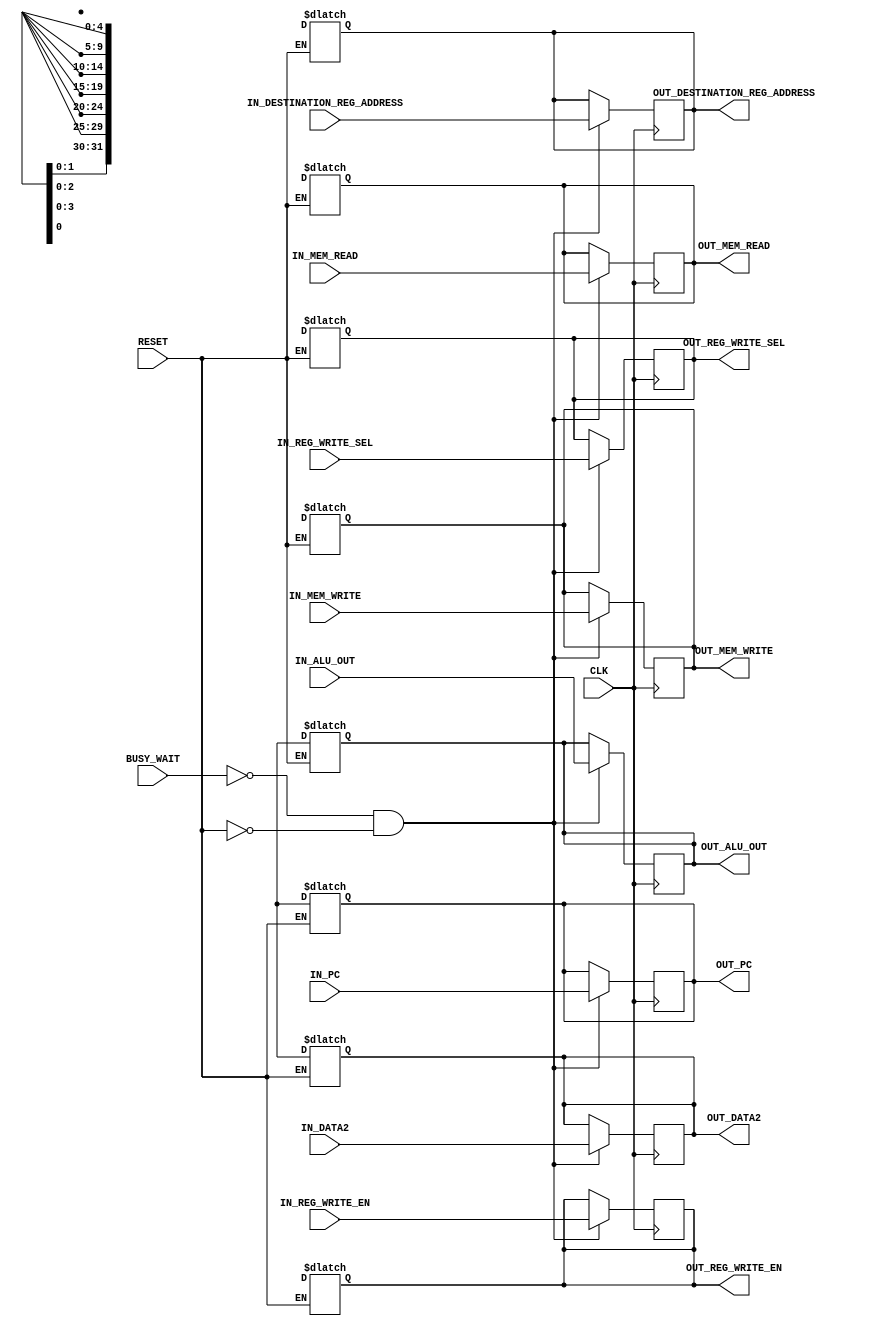
module ex_mem_pipeline_reg(
    input [4:0] IN_DESTINATION_REG_ADDRESS,
    input [31:0] IN_PC, IN_ALU_OUT,IN_DATA2, 
    input [2:0] IN_MEM_WRITE,
    input [3:0] IN_MEM_READ,
    input [1:0] IN_REG_WRITE_SEL,
    input IN_REG_WRITE_EN,
    input CLK, RESET, BUSY_WAIT,

    output reg [4:0] OUT_DESTINATION_REG_ADDRESS,
    output reg [31:0] OUT_PC, OUT_ALU_OUT,OUT_DATA2, 
    output reg [2:0] OUT_MEM_WRITE,
    output reg [3:0] OUT_MEM_READ,
    output reg [1:0] OUT_REG_WRITE_SEL,
    output reg OUT_REG_WRITE_EN
    );

    // RESET output registers on active reset
    always @(*) begin
        if (RESET) begin
            #1; // Delay to allow reset signal to settle
            OUT_DESTINATION_REG_ADDRESS = 5'dx;
            OUT_PC = 32'dx;
            OUT_ALU_OUT = 32'dx;
            OUT_DATA2 = 32'dx;
            OUT_MEM_WRITE = 3'dx;
            OUT_MEM_READ = 4'dx;
            OUT_REG_WRITE_SEL = 2'dx;
            OUT_REG_WRITE_EN = 1'dx;
        end
    end

    // Write input values to output registers on positive edge of clock signal
    always @(posedge CLK) begin
        #1; // Delay to synchronize with other stages
        if (!BUSY_WAIT && !RESET) begin
            OUT_DESTINATION_REG_ADDRESS <= IN_DESTINATION_REG_ADDRESS;
            OUT_PC <= IN_PC;
            OUT_ALU_OUT <= IN_ALU_OUT;
            OUT_DATA2 <= IN_DATA2;
            OUT_MEM_WRITE <= IN_MEM_WRITE;
            OUT_MEM_READ <= IN_MEM_READ;
            OUT_REG_WRITE_SEL <= IN_REG_WRITE_SEL;
            OUT_REG_WRITE_EN <= IN_REG_WRITE_EN;
        end
    end

endmodule